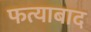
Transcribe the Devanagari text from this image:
फत्याबाद